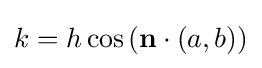
k=h\cos \left(\mathbf {n} \cdot (a,b)\right)